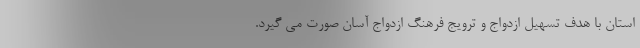
استان با هدف تسهیل ازدواج و ترویج فرهنگ ازدواج آسان صورت می گیرد.